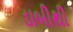
ડાબીથી